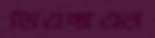
ডিএক্সএল